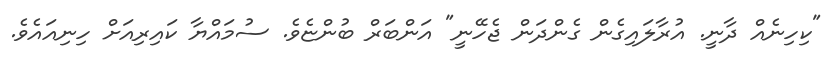
"ކިހިނެއް ދާނީ. އުރާލައިގެން ގެންދަން ޖެހޭނީ" އަންބަރް ބުންޏެވެ. ސުމައްޔާ ކައިރިއަށް ހިނިއައެވެ.